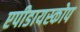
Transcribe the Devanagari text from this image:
एपीडायस्कोप